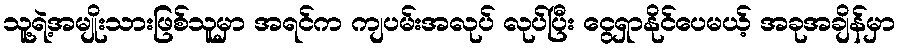
သူ့ရဲ့အမျိုးသားဖြစ်သူမှာ အရင်က ကျပမ်းအလုပ် လုပ်ပြီး ငွေရှာနိုင်ပေမယ့် အခုအချိန်မှာ